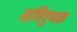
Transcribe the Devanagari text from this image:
मणिपुष्पक